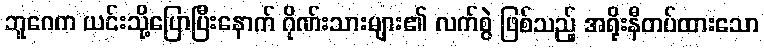
ဘူဂေက ယင်းသို့ပြောပြီးနောက် ဂိုဏ်းသားများ၏ လက်စွဲ ဖြစ်သည့် အရိုးနီတပ်ထားသော